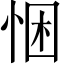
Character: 悃